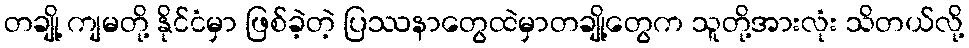
တချို့ ကျမတို့ နိုင်ငံမှာ ဖြစ်ခဲ့တဲ့ ပြဿနာတွေထဲမှာတချို့တွေက သူတို့အားလုံး သိတယ်လို့